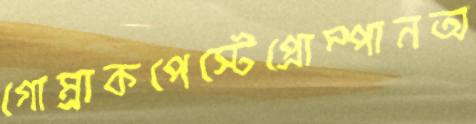
গোম্‌রাকপেস্টেপ্রোম্পানঅ